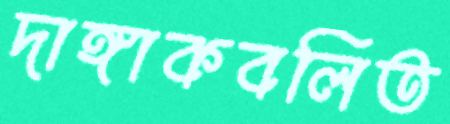
দাঙ্গাকবলিত